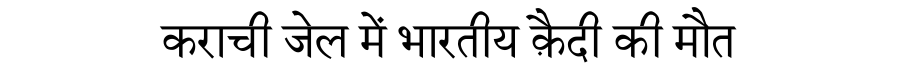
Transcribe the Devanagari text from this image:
कराची जेल में भारतीय क़ैदी की मौत